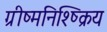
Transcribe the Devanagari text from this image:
ग्रीष्मनिश्ष्क्रिय